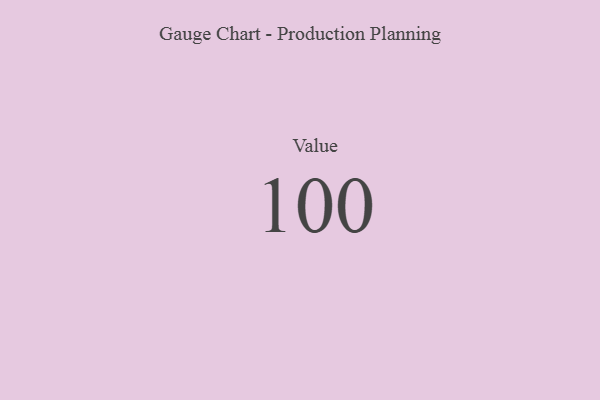
{"axis": {"x": "Metric", "y": "Value"}, "legend": [""], "data": [{"x": "Value", "y": 100, "type": ""}]}